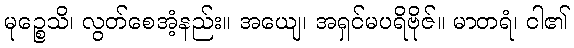
မုဉ္စေသိ၊ လွတ်စေအံ့နည်း။ အယျေ၊ အရှင်မပရိဗိုဇ်။ မာတရံ၊ ငါ၏